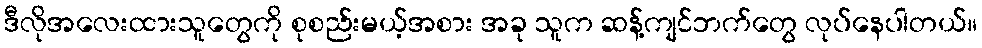
ဒီလိုအလေးထားသူတွေကို စုစည်းမယ့်အစား အခု သူက ဆန့်ကျင်ဘက်တွေ လုပ်နေပါတယ်။